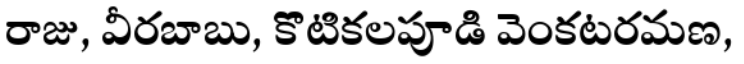
రాజు, వీరబాబు, కొటికలపూడి వెంకటరమణ,